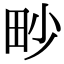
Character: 𤰬